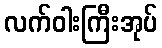
လက်ဝါးကြီးအုပ်